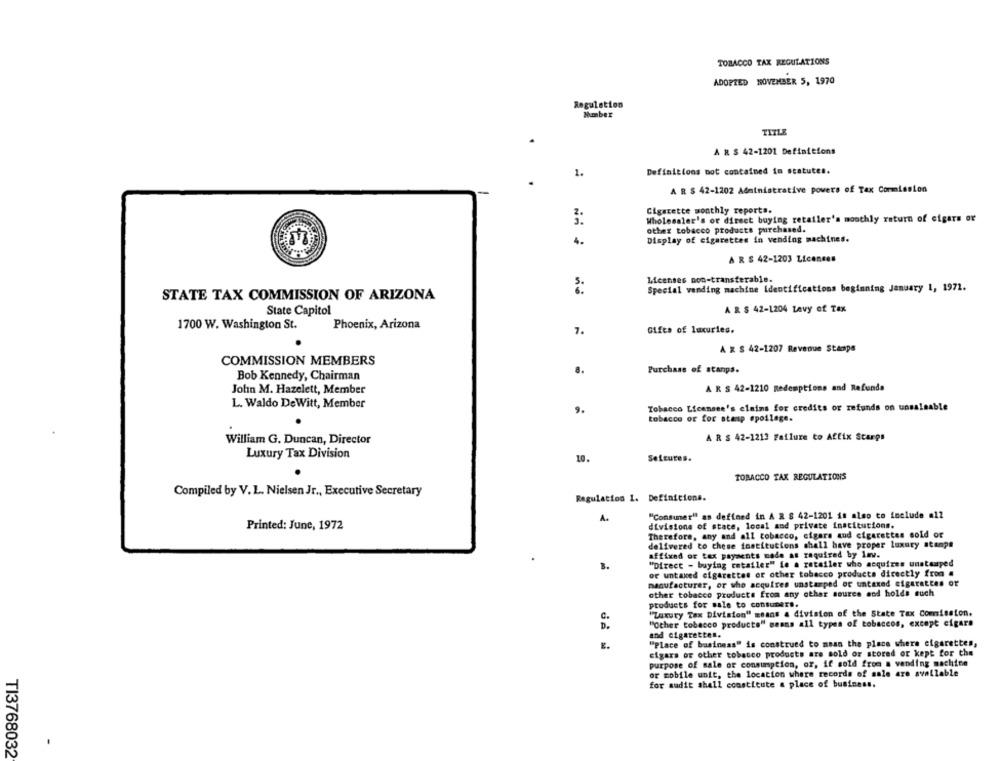
TOBACCO TAX REGULATIONS
ADOPTED NOVEMBER 5, 1970
Regulation
Number
TITLE
A R $ 42-1201 Definitions
1.
Definitions mot contained in statutes.
-
A R $ 42-1202 Administrative powers of Tax Commission
Cigarette monthly reports.
Wholesaler's or direct buying retailer's monthly raturn of cigars or
NO
other tobacco products purchased.
4.
Display of cigarettes in vending machines.
A RS 42-1203 Licences
Licenses non-transferable.
::
Special vending machine identifications beginning January 1, 1971.
STATE TAX COMMISSION OF ARIZONA
State Capitol
A RS 42-1204 Levy of Tex
1700 W. Washington St.
Phoenix, Arizona
7.
Gifts of luxuries.
A R $ 42-1207 Revenue Stampe
COMMISSION MEMBERS
8.
Purchase of stanps.
Bob Kennedy, Chairman
John M. Hazelett, Member
A R $ 42-1210 Redemptions and Refunds
L. Waldo DeWitt, Member
9.
Tobacco Licensee's claims for credits or refunds on unsaleable
tobacco or for stamp spoilage.
William G. Duncan, Director
A R $ 42-1213 Failure to Affix Starps
Luxury Tax Division
10
Seleutes.
TOBACCO TAX REGULATIONS
Compiled by V.L. Nielsen Jr ., Executive Secretary
Regulation 1. Definitions.
A.
"Consumer" as defined in A R $ 42-1201 is also to include a12
Printed: June, 1972
divisions of state, local and private institutions.
Therefore, any and all tobacco, cigars aud cigarettes sold of
delivered to chese institucions shall have proper luxury stamps
affixed or tax payments made as required by law.
"Direct - buying retailer" ie a retailer who acquires unstamped
B.
or untaxed cigarettes or other tobacco products directly from #
manufacturer, or who acquires unstamped or untaxed cigarettes or
other tobacco products from any other source and holds such
products for sale to consumers.
"Luxury Tax Division" means & division of the State Tax Commission.
"Other tobacco products" means all types of tobaccos, except cigars
and cigarettes.
E.
"Place of business" is construed to mean the place where cigarettes,
cigars or other tobacco products are sold or stored or kept for the
purpose of sale of consumption, or, if sold from a vending machine
or mobile unit, the location where records of sale are available
for audit shall constitute a place of business.
TI3768032